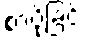
စာပို့ခြင်း